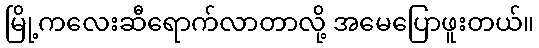
မြို့ကလေးဆီရောက်လာတာလို့ အမေပြောဖူးတယ်။